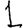
Digit: 1